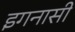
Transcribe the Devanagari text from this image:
इगनासी